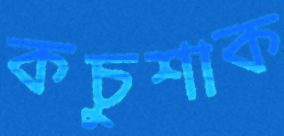
কচুশাক